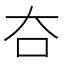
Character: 夻